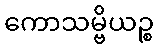
ကောသမ္ဗိယဉ္စ